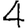
Digit: 4